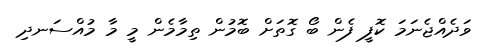
ވަދެއްޖެނަމަ ކޮފީ ފެން ބޯ ގޮތަށް ބޮމުން ތިމާމެން މީ މާ މުއްސަނދި